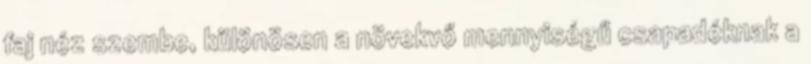
faj néz szembe, különösen a növekvő mennyiségű csapadéknak a